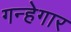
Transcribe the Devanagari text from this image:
गन्हेगार